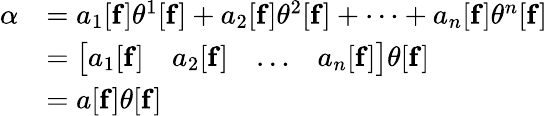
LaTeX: {\begin{array}{rl}{\alpha}&{=a_{1}[\mathbf{f}]\theta^{1}[\mathbf{f}]+a_{2}[\mathbf{f}]\theta^{2}[\mathbf{f}]+\cdots+a_{n}[\mathbf{f}]\theta^{n}[\mathbf{f}]}\\ &{={\big\lbrack}{\begin{array}{cccc}{a_{1}[\mathbf{f}]}&{a_{2}[\mathbf{f}]}&{\dots}&{a_{n}[\mathbf{f}]}\end{array}}{\big\rbrack}\theta[\mathbf{f}]}\\ &{=a[\mathbf{f}]\theta[\mathbf{f}]}\end{array}}